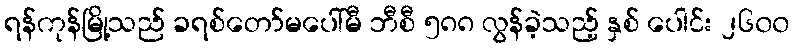
ရန်ကုန်မြို့သည် ခရစ်တော်မပေါ်မီ ဘီစီ ၅၈၈ လွန်ခဲ့သည့် နှစ် ပေါင်း ၂၆၀၀